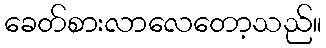
ခေတ်စားလာလေတော့သည်။